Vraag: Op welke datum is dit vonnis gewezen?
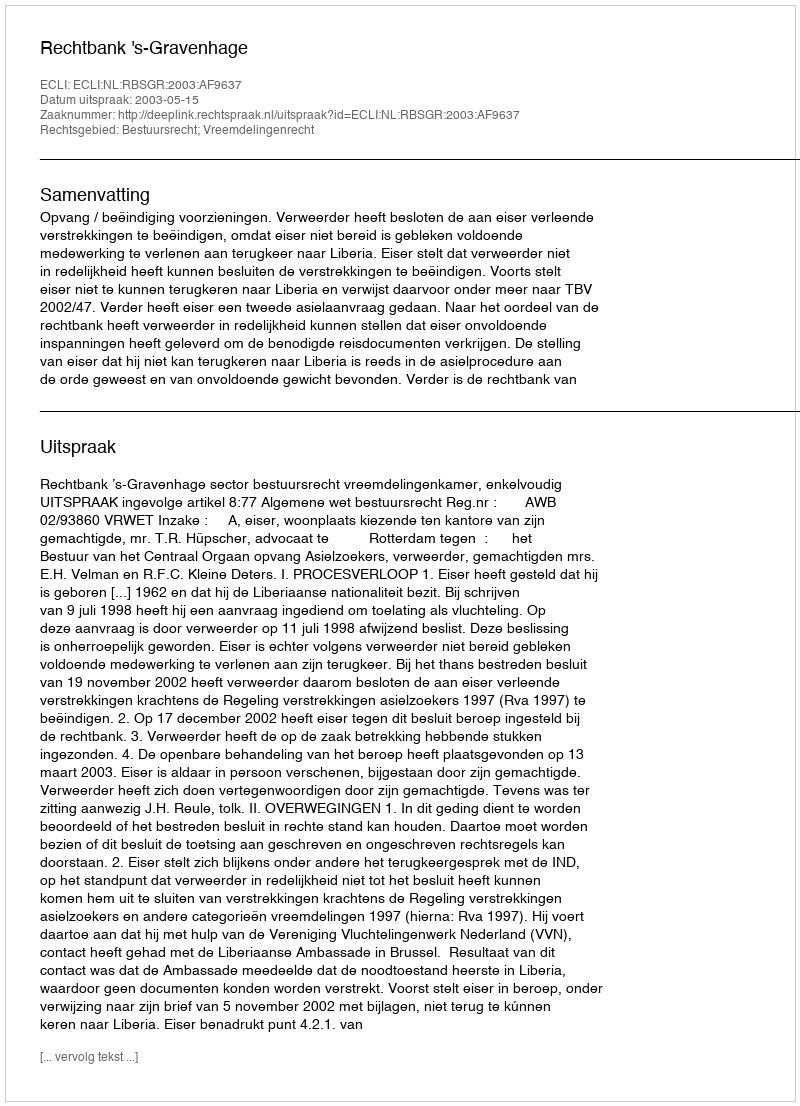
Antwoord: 2003-05-15